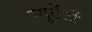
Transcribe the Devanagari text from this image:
म्यूटेंटों